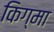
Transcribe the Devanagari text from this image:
किग्मा